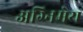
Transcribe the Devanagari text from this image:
अग्‍निमेय